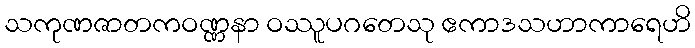
သကုဏဇာတကဝဏ္ဏနာ ဝဿူပဂတေသု ဧကာဒသဟာကာရေဟိ